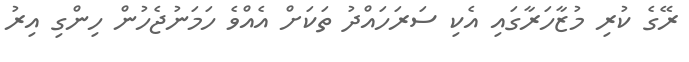
ރޭގެ ކުރި މުޒާހަރާގައި އެކި ސަރަހައްދު ތަކަށް އެއްވެ ހަމަނުޖެހުން ހިންގި އިރު